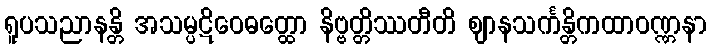
ရူပသညာနန္တိ အသမ္ပဋိဝေဓတ္ထော နိဗ္ဗတ္တိဿတီတိ ဈာနသင်္ကန္တိကထာဝဏ္ဏနာ